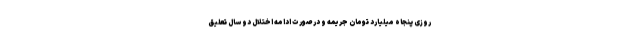
روزی پنجاه میلیارد تومان جریمه و در صورت ادامه اختلال دو سال تعلیق